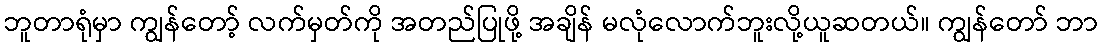
ဘူတာရုံမှာ ကျွန်တော့် လက်မှတ်ကို အတည်ပြုဖို့ အချိန် မလုံလောက်ဘူးလို့ယူဆတယ်။ ကျွန်တော် ဘာ